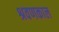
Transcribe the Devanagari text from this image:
श्रवणकाल